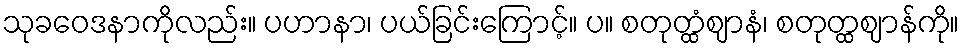
သုခဝေဒနာကိုလည်း။ ပဟာနာ၊ ပယ်ခြင်းကြောင့်။ ပ။ စတုတ္ထံဈာနံ၊ စတုတ္ထဈာန်ကို။